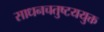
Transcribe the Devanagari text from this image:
साधनचतुष्टययुक्त